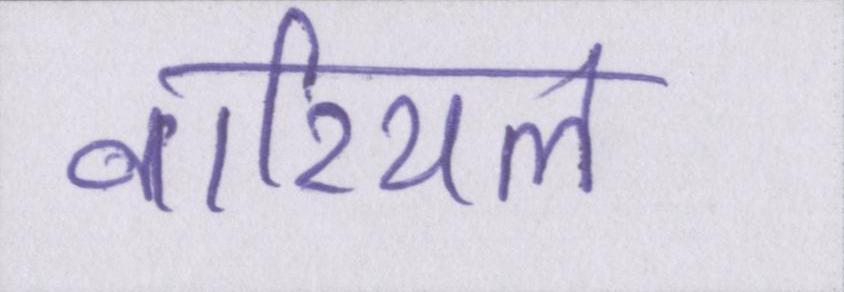
नारियल